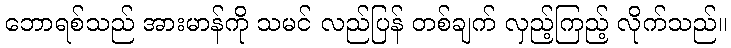
ဘောရစ်သည် အားမာန်ကို သမင် လည်ပြန် တစ်ချက် လှည့်ကြည့် လိုက်သည်။